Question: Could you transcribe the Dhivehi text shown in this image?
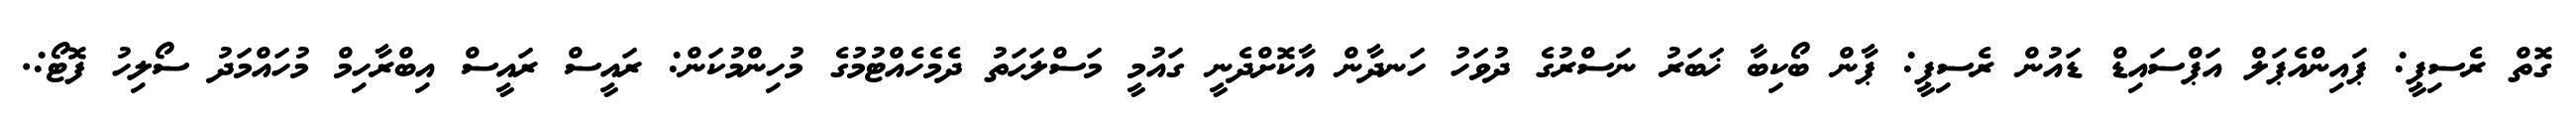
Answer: ގޮތް ރެސިޕީ: ޕައިންއެޕަލް އަޕްސައިޑް ޑައުން ރެސިޕީ: ޕާން ބޯކިބާ ޚަބަރު ނަސްރުގެ ދުވަހު ހަނދާން އާކޮށްދެނީ ގައުމީ މަސްލަޙަތު ދެމެހެއްޓުމުގެ މުހިންމުކަން: ރައީސް ރައީސް އިބްރާހިމް މުހައްމަދު ސޯލިހު ފޮޓޯ:.